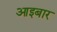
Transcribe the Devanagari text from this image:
आइबार